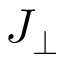
J _ { \perp }